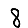
Digit: 8